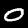
Digit: 0